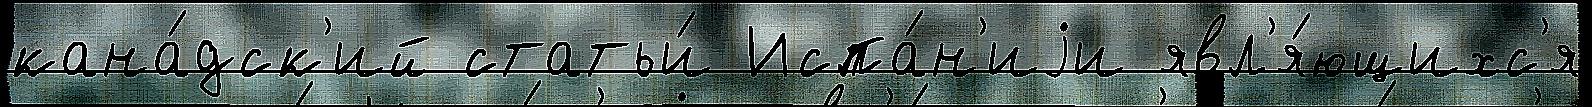
кана́дск'ий статьи́ Испа́н'иjи явл'я́ющихс'я